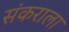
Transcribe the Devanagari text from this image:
संकराला